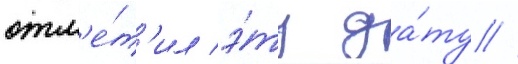
отм'е́т'ил э́ту да́ту //